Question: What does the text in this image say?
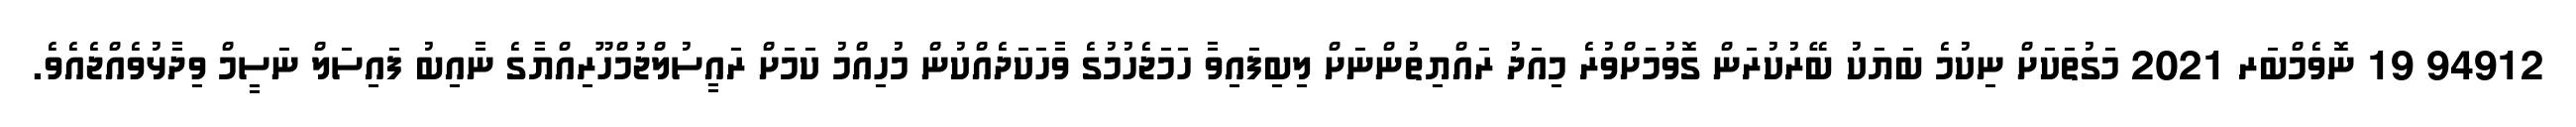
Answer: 94912 19 ނޮވެމްބަރ 2021 މަގުތަކަށް ނިކުމެ ބަޔަކު ބޭރުކުރަން ގޮވުމަށްވުރެ މިއަދު ރައްޔިތުންނަށް ލިބިފައިވާ ހަމަޖެހުމުގެ ވާހަކަދެއްކުން މުހިއްމު ކަމަށް ރައީސުލްޖުމްހޫރިއްޔާގެ ނާއިބު ފައިސަލް ނަސީމް ވިދާޅުވެއްޖެއެވެ.